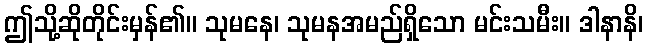
ဤသို့ဆိုတိုင်းမှန်၏။ သုမနေ၊ သုမနအမည်ရှိသော မင်းသမီး။ ဒါနာနိ၊